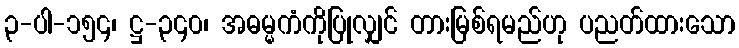
၃-ပါ-၁၅၄၊ ဋ္ဌ-၃၄၀၊ အဓမ္မကံကိုပြုလျှင် တားမြစ်ရမည်ဟု ပညတ်ထားသော